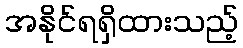
အနိုင်ရရှိထားသည့်